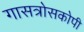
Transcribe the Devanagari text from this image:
गासत्रोसकोपी